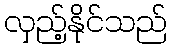
လှည့်နိုင်သည်